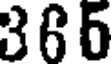
366